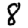
Digit: 8